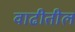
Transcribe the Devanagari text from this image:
वाढीतील